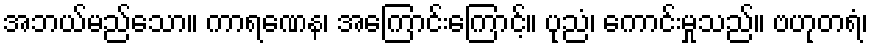
အဘယ်မည်သော။ ကာရဏေန၊ အကြောင်းကြောင့်။ ပုညံ၊ ကောင်းမှုသည်။ ဗဟုတရံ၊